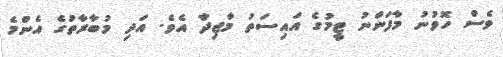
ވެސް ހޮވުނު މާފަންނު ޓީމުގެ އައިސަތު މާޖިދާ އެވެ. އަދި މުބާރާތުގެ އެންމެ